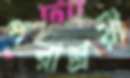
পরাশ্রয়ী